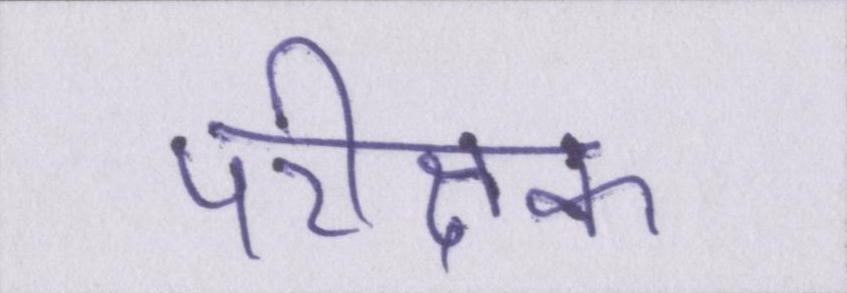
परीक्षक